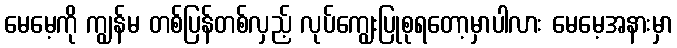
မေမေ့ကို ကျွန်မ တစ်ပြန်တစ်လှည့် လုပ်ကျွေးပြုစုရတော့မှာပါလား မေမေ့အနားမှာ